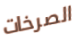
الصرخات